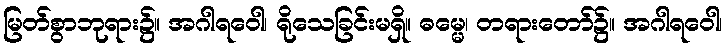
မြတ်စွာဘုရား၌။ အဂါရဝေါ၊ ရိုသေခြင်းမရှိ။ ဓမ္မေ၊ တရားတော်၌။ အဂါရဝေါ၊